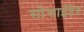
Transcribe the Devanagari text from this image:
सोसाईडैड